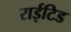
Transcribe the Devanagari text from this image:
राईटिड